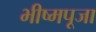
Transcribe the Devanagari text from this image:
भीष्मपूजा